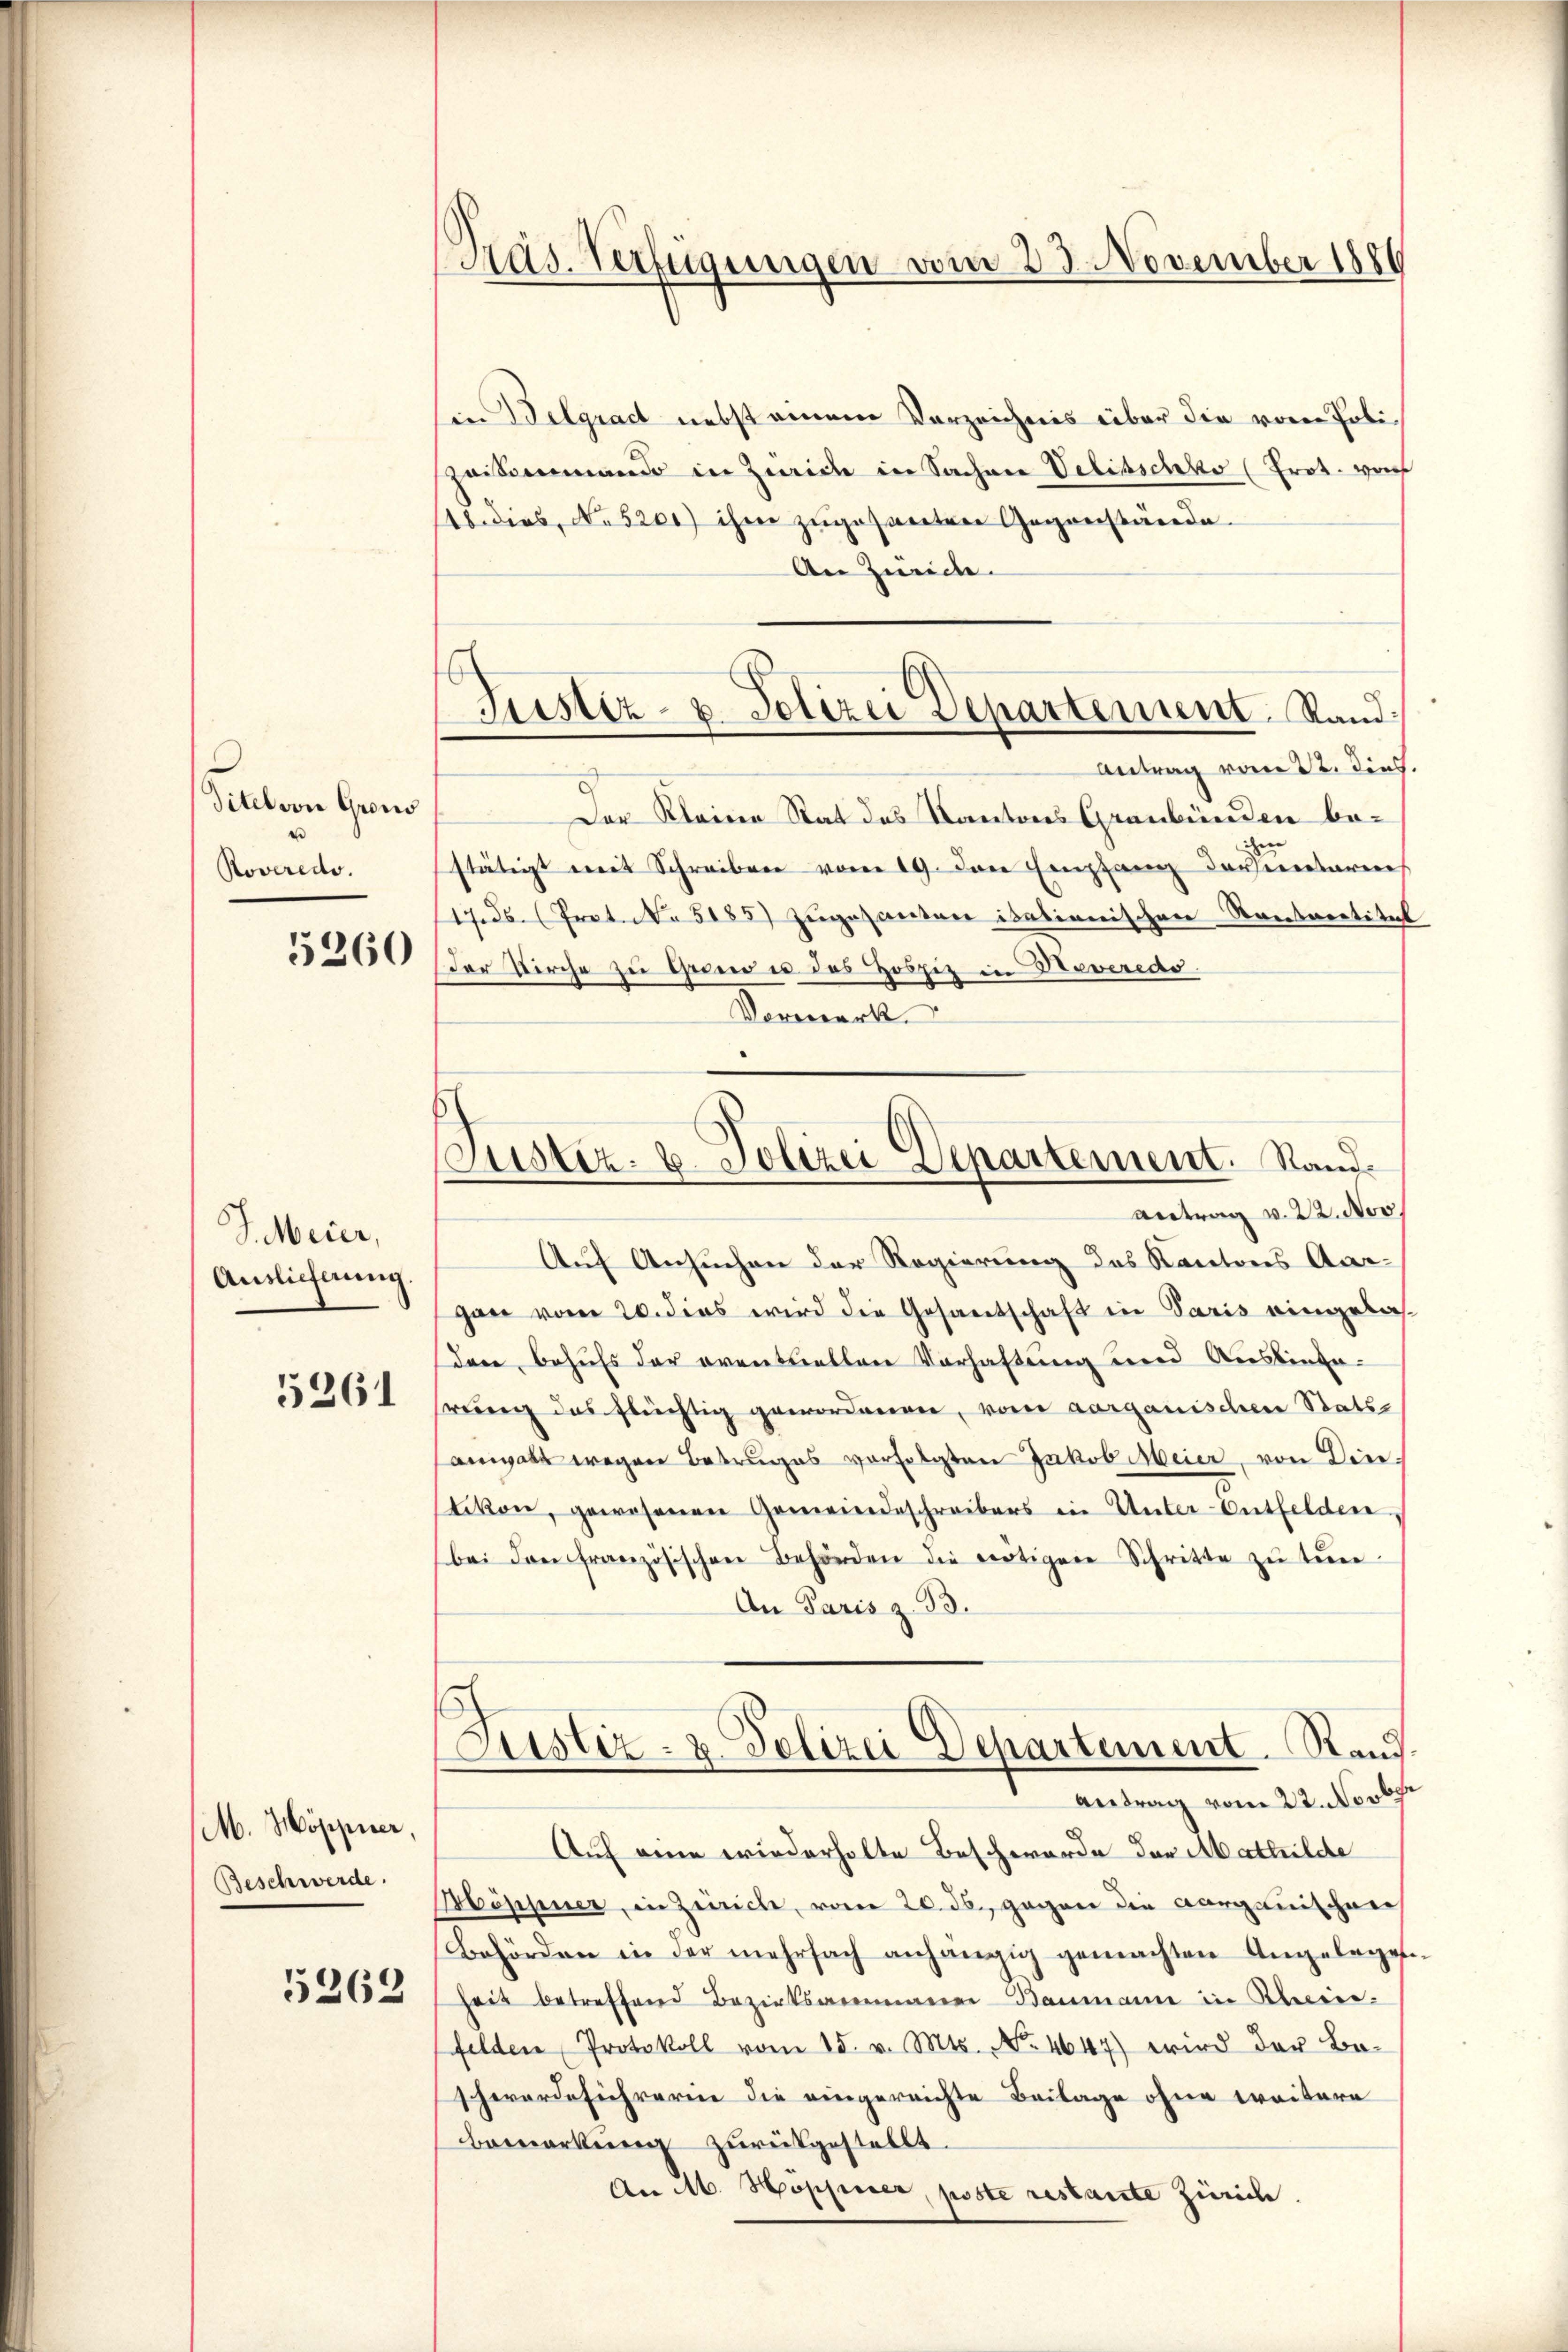
ditel von Gron
Roveredo.
5260

J. Meier,
Auslieferung.

5261

M. Höppier,
Beschwerde.
5262

Add. Verfügungen vom 23. November 1880

Justiz- & Polizei Departement. Rand¬
Antrag vom 22. Dies.

Justiz- u. Polizei Departement. Stand.
antrag v. 22. Nov.

in Belgradt nebst einem Vorzeichnis über die vom Poli¬
Zaisenmando in Zwicke in Sachen Velitschko (Prot. von
18. dies, No 5200) ihre zugesanten Gegenstände
An Zweide
Der Kleine Stat des Kantons Graubünden bestätigt mit Schreiben vom 19. Den Empfang dersentaren
117. ds. (Prot. No 5185) Zugesanten italienischen Rentartitel
Der Kirche zu Grund es das Hospiz in Neveredo
Vormerk

Auf Ansuchen der Regierung des Kantons Aargan vom 20. dies wird die Gesamtschaft in Paris eingelasdare behufs der eventuellen Verhaftung und Ausbingerung des flüchtig geworderren, vom aarganischen Stats-
anwalt wegen Betruges verfolgten Jakob Meier, von Dire
tikon, gewesenen Gemeindeschreibers in Unter-Entfelden
(bei den französischen Behörden die nötigen Schritte zŭ tŭn-
An Paris z. B.
Justiz- & Polizei Departement. Raud
Antrag vom 22. Novber
Auf eine wiederholte Beschworde der Mathilde
Möppner, in Zürich, vom 20. ds., gegen die Aargauischere
Behörden in der mehrfach anhängig gemachten Angelegen
heit betreffend Bezirksammann Baumann in Kleine.
felden Protokoll vom 15. v. Mts. No. 4647) wird der Be-
schwordeschrerin die eingereichte Beilage ohne weitere
Bemerkung zurükgestellt.
An M. Hoppner, poste restante Zürich